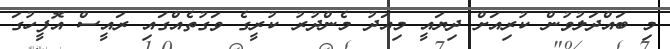
މި ބައްދަލުވުން ކުރިއަށް ދިޔައީ މިއަދު މެންދުރު ކުރީގެ ވަގުތެއްގައި ރައީސް އޮފީހުގަ